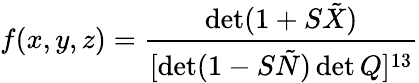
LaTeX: f(x,y,z)=\frac{\operatorname*{det}(1+S\tilde{X})}{[\operatorname*{det}(1-S\tilde{N})\operatorname*{det}Q]^{13}}